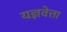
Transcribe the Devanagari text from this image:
यज्ञवेत्ता